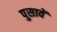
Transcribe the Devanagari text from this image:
पुसावें